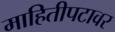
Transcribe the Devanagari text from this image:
माहितीपटावर